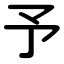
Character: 予